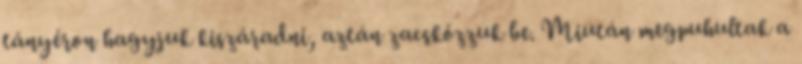
tányéron hagyjuk kiszáradni, aztán zacskózzuk be. Miután megpuhultak a